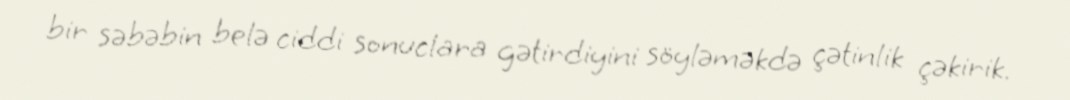
bir səbəbin belə ciddi sonuclara gətirdiyini söyləməkdə çətinlik çəkirik.